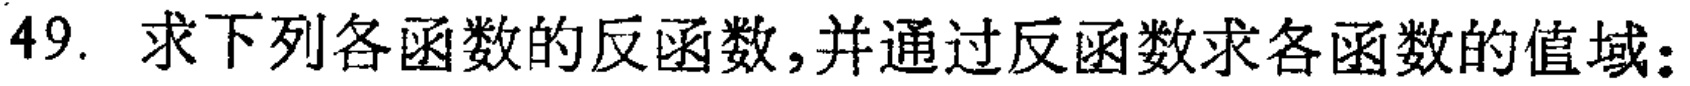
49. 求下列各函数的反函数,并通过反函数求各函数的值域：